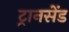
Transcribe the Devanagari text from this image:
ट्रानसेंड